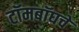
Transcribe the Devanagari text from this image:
टॉमबॉघचे